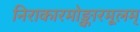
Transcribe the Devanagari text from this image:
निराकारमोङ्कारमूलम्